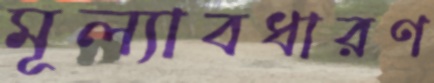
মূল্যাবধারণ